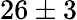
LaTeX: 26\pm 3